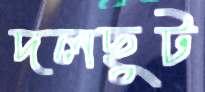
দলছুট